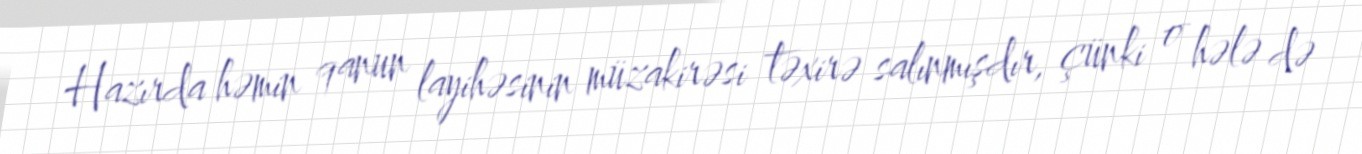
Hazırda həmin qanun layihəsinin müzakirəsi təxirə salınmışdır, çünki o hələ də